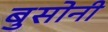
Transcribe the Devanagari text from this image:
बुसोनी